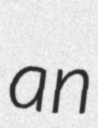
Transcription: an